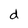
Character: d